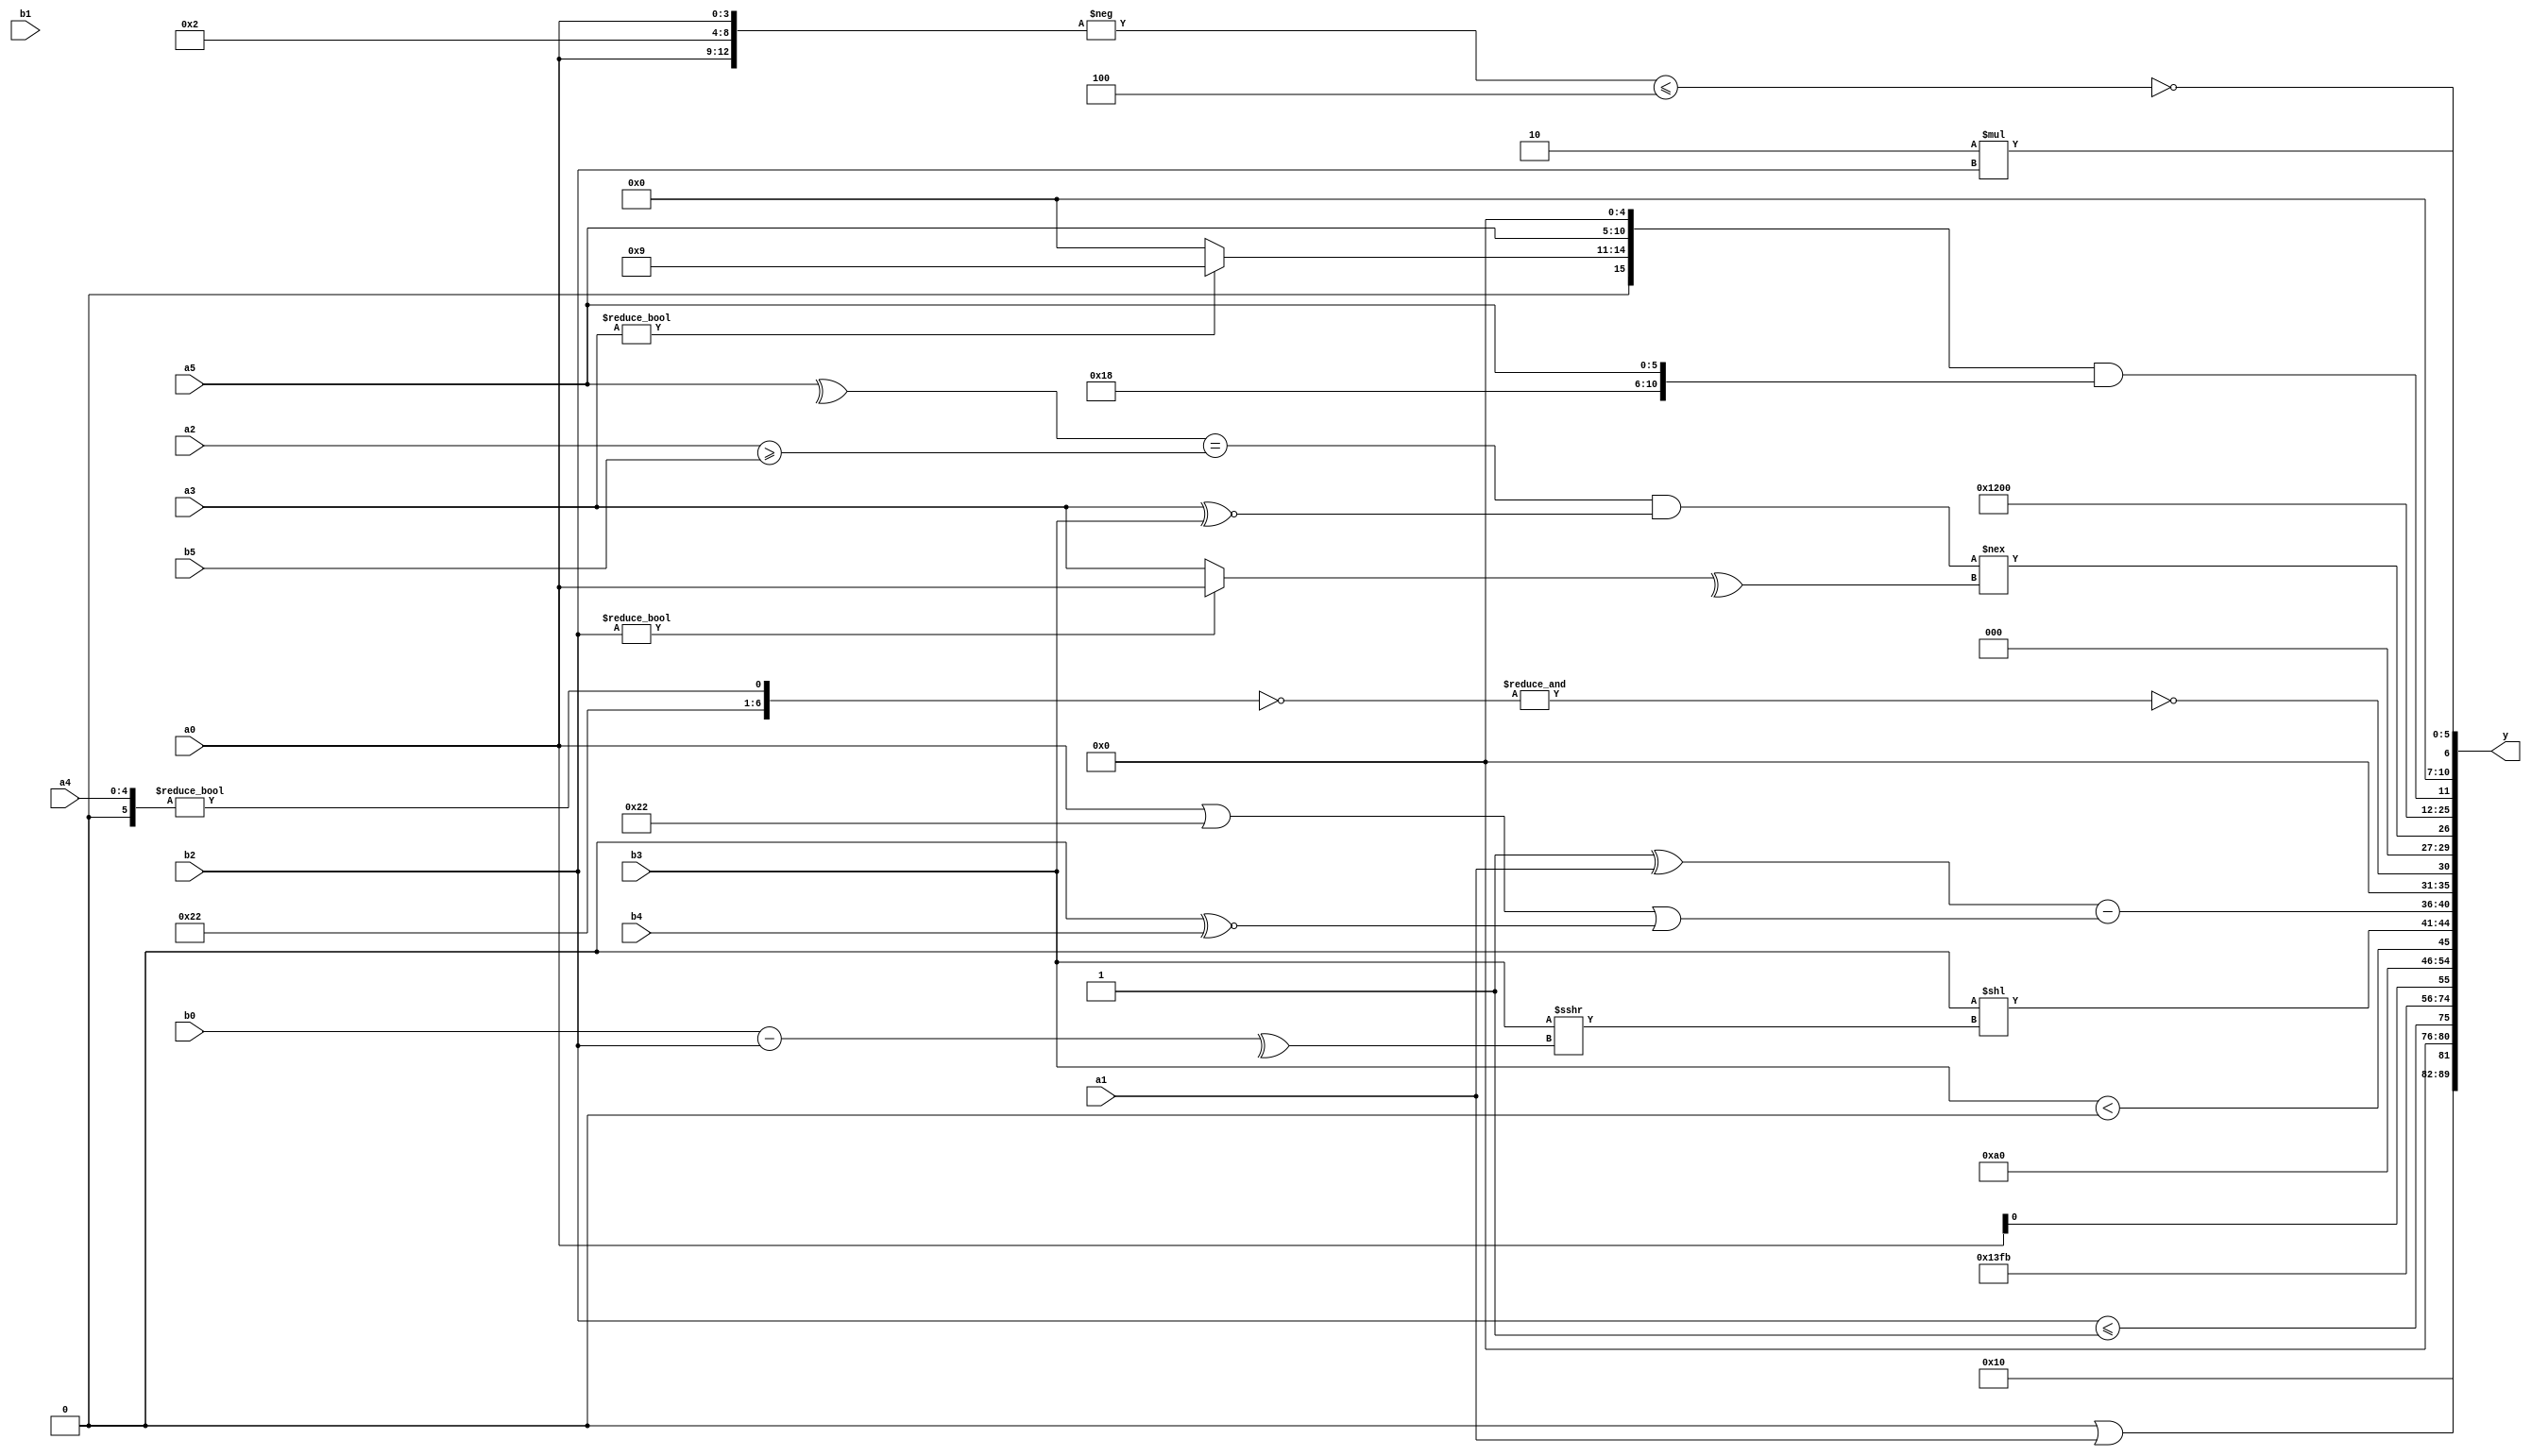
module expression_00129(a0, a1, a2, a3, a4, a5, b0, b1, b2, b3, b4, b5, y);
  input [3:0] a0;
  input [4:0] a1;
  input [5:0] a2;
  input signed [3:0] a3;
  input signed [4:0] a4;
  input signed [5:0] a5;

  input [3:0] b0;
  input [4:0] b1;
  input [5:0] b2;
  input signed [3:0] b3;
  input signed [4:0] b4;
  input signed [5:0] b5;

  wire [3:0] y0;
  wire [4:0] y1;
  wire [5:0] y2;
  wire signed [3:0] y3;
  wire signed [4:0] y4;
  wire signed [5:0] y5;
  wire [3:0] y6;
  wire [4:0] y7;
  wire [5:0] y8;
  wire signed [3:0] y9;
  wire signed [4:0] y10;
  wire signed [5:0] y11;
  wire [3:0] y12;
  wire [4:0] y13;
  wire [5:0] y14;
  wire signed [3:0] y15;
  wire signed [4:0] y16;
  wire signed [5:0] y17;

  output [89:0] y;
  assign y = {y0,y1,y2,y3,y4,y5,y6,y7,y8,y9,y10,y11,y12,y13,y14,y15,y16,y17};

  localparam [3:0] p0 = ((((2'd0)?(2'sd1):(5'sd1))?{3{(5'd7)}}:(|(2'd0)))?((&(3'sd1))?{3{(5'd29)}}:{2{(5'sd10)}}):(((4'd15)?(3'd5):(5'd7))?((3'd1)?(3'sd0):(5'd11)):(+(5'sd11))));
  localparam [4:0] p1 = (-(&(4'd9)));
  localparam [5:0] p2 = {(((-2'sd1)?(2'd2):(5'd27))?(6'd2 * (2'd0)):((-2'sd0)?(2'd2):(-4'sd5)))};
  localparam signed [3:0] p3 = (-(~{3{(+(|(-3'sd2)))}}));
  localparam signed [4:0] p4 = (~&(((-2'sd0)&(2'sd1))<<<((3'd0)?(-5'sd0):(3'sd2))));
  localparam signed [5:0] p5 = ((((-5'sd9)!==(5'd1))?(-3'sd0):{3{(3'd2)}})?((~^(4'd6))?{4{(2'sd1)}}:(2'sd0)):(3'd4));
  localparam [3:0] p6 = (2'd0);
  localparam [4:0] p7 = (~|(!((!{1{(+(~|{1{(-4'sd6)}}))}})^~({2{(4'd3)}}<<{3{(3'd0)}}))));
  localparam [5:0] p8 = ((+(4'd1))>=(~|(-4'sd6)));
  localparam signed [3:0] p9 = (3'd7);
  localparam signed [4:0] p10 = (3'sd2);
  localparam signed [5:0] p11 = (&(((2'd0)||(3'd0))>>>(((5'd28)<<(3'sd1))!==(~&{(-2'sd1),(4'd2)}))));
  localparam [3:0] p12 = (+(((4'd13)?(-3'sd0):(5'sd1))!={4{(-5'sd6)}}));
  localparam [4:0] p13 = ((((4'd9)?(5'd7):(3'd2))?((2'd1)>(3'd2)):{(5'sd9),(5'sd2)})>>>(((-4'sd1)&(4'd0))<={3{(-3'sd3)}}));
  localparam [5:0] p14 = (((2'd1)?(4'd4):(3'd6))^(((3'd0)?(5'd31):(3'd6))>((-3'sd3)?(5'd19):(3'sd0))));
  localparam signed [3:0] p15 = (~((4'd6)<<<(2'sd0)));
  localparam signed [4:0] p16 = (((2'd3)!=(4'd0))==((2'sd1)|(2'd2)));
  localparam signed [5:0] p17 = (&(~&(~|(-((!(&(~(-4'sd0))))!=((~&(4'sd5))>>(3'd4)))))));

  assign y0 = $signed($unsigned((p13?p17:p4)));
  assign y1 = (~|(~((~|(~&(-$unsigned((~(~|$signed((&((&p0)||(+a1)))))))))))));
  assign y2 = ($unsigned(p0)?(b2<=p7):(p6?b5:b1));
  assign y3 = (!(~&(p14<<p12)));
  assign y4 = {2{{1{(3'd4)}}}};
  assign y5 = ((4'sd6)?(-3'sd1):(5'd2));
  assign y6 = $unsigned(((2'd3)|((p0?p0:b0)|(~^(^p3)))));
  assign y7 = $signed({{3{$signed(b3)}},{{3{a0}}},{2{(2'd1)}}});
  assign y8 = ((+b3)<(~|p10));
  assign y9 = ((((-a5)||(~^b1))<<((p0?p5:a4)-(&p12)))<<(+($unsigned(((b3)))>>>(^(b0-b2)))));
  assign y10 = (({1{{(p9>=p15)}}}^{3{{1{a1}}}})-(((a0>>>p13)||{p17,p8,p10})||({1{p17}}^~{p17,b4})));
  assign y11 = (~&(~{{(~^p0),{p10}},({p2}!=(+a4))}));
  assign y12 = ((((^a5)==(a2>=b5))&$signed((a3^~b3)))!==(^$signed($unsigned((^(b2?a0:a3))))));
  assign y13 = (4'd9);
  assign y14 = (-2'sd0);
  assign y15 = ({(a3?p15:p13),{a5,p1}}&&{(|p3),$signed(p3),{1{a5}}});
  assign y16 = (!{{(&({(-{a0,p10,a0})}<=(3'd4)))}});
  assign y17 = (5'd2 * b2);
endmodule